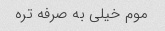
موم خیلی به صرفه تره